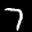
Label: 7